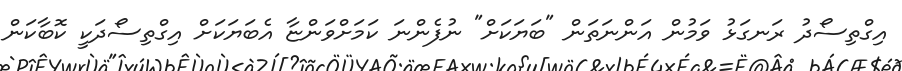
އިގްތިސޯދު ރަނގަޅު ވަމުން އަންނަތަން "ބަޔަކަށް" ނުފެންނަ ކަމަށްވަންޏާ އެބަޔަކަށް އިގްތިސޯދަކީ ކޮބާކަން